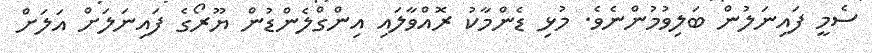
ސެމީ ފައިނަލުން ބަލިވުމުންނެވެ. މުޅި ޑެންމާކު ރޮއްވާލައި އިންގްލެންޑުން ޔޫރޯގެ ފައިނަލަށް އަލަށް